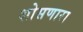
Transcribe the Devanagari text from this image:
शोसणारा